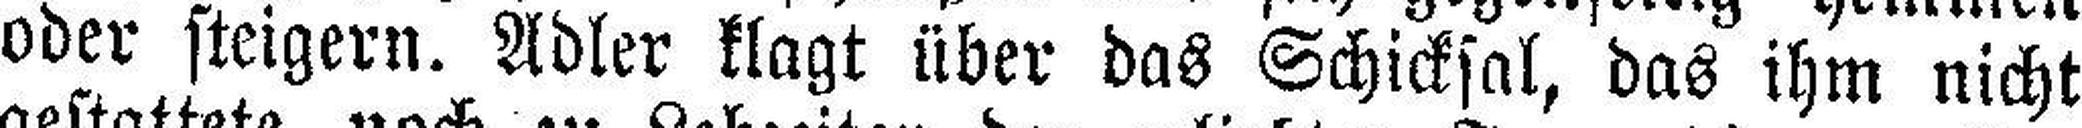
oder steigern. Adler klagt über das Schicksal, das ihm nicht